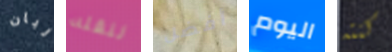
ربان لنقله أفضل اليوم كنته